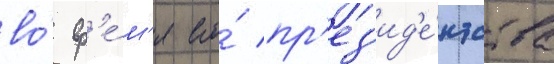
во́ вр'е́м'я его́ пр'ез'ид'е́нтства